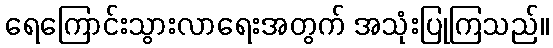
ရေကြောင်းသွားလာရေးအတွက် အသုံးပြုကြသည်။